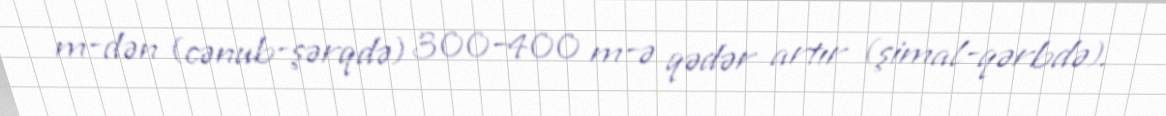
m-dən (cənub-şərqdə) 300–400 m-ə qədər artır (şimal-qərbdə).